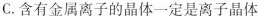
C.含有金属离子的晶体一定是离子晶体